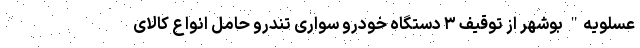
عسلویه" بوشهر از توقیف ۳ دستگاه خودرو سواری تندرو حامل انواع کالای